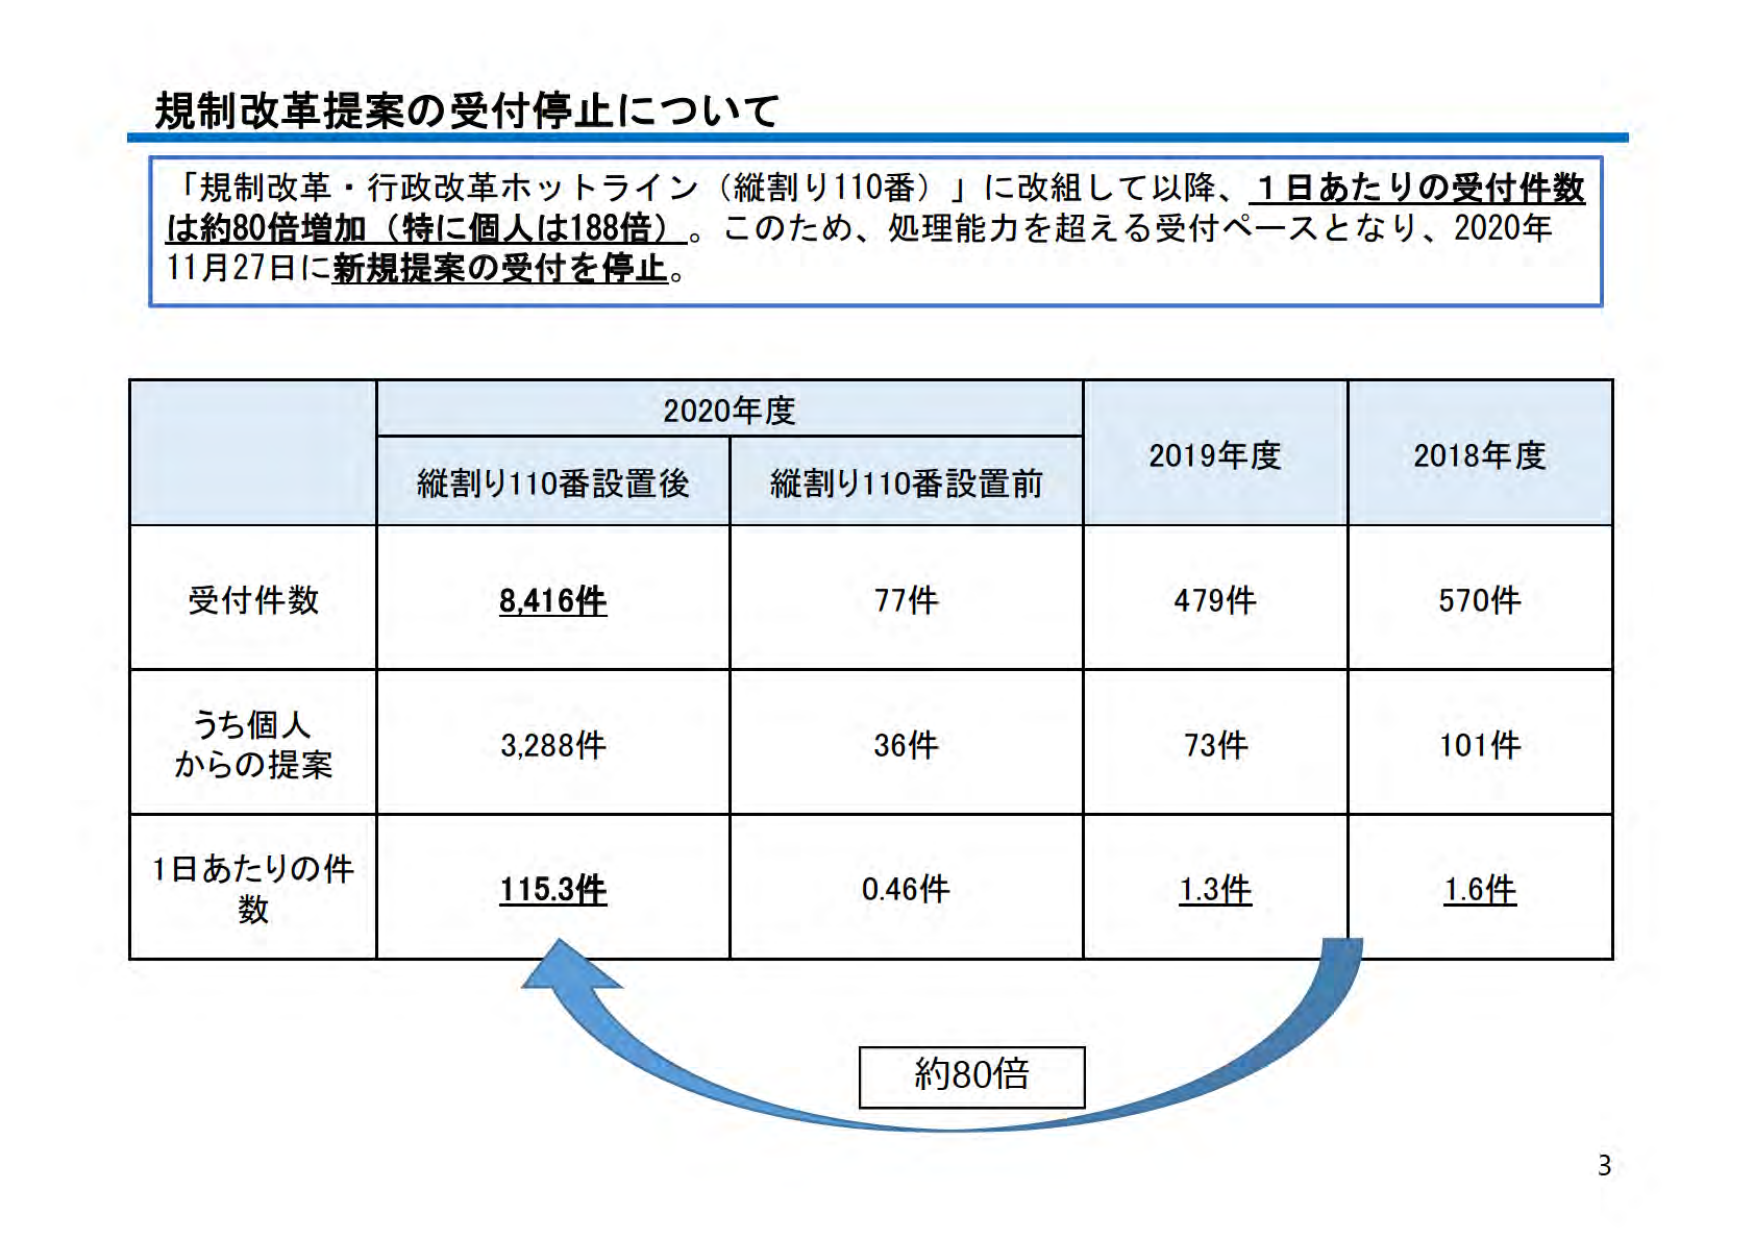
規制改革提案の受付停止について

「規制改革・行政改革ホットライン（縦割り110番）」に改組して以降、1日あたりの受付件数は約80倍増加（特に個人は188倍）。このため、処理能力を超える受付ペースとなり、2020年11月27日に新規提案の受付を停止。

2020年度
縦割り110番設置後　縦割り110番設置前
2019年度　2018年度

受付件数
8,416件　77件　479件　570件

うち個人からの提案
3,288件　36件　73件　101件

1日あたりの件数
115.3件　0.46件　1.3件　1.6件

約80倍

3